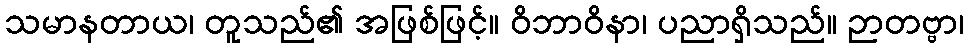
သမာနတာယ၊ တူသည်၏ အဖြစ်ဖြင့်။ ဝိဘာဝိနာ၊ ပညာရှိသည်။ ဉာတဗ္ဗာ၊